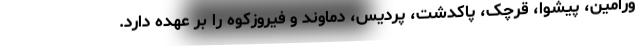
ورامین، پیشوا، قرچک، پاکدشت، پردیس، دماوند و فیروزکوه را بر عهده دارد.